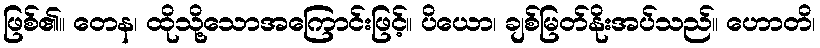
ဖြစ်၏။ တေန၊ ထိုသို့သောအကြောင်းဖြင့်။ ပိယော၊ ချစ်မြတ်နိုးအပ်သည်။ ဟောတိ၊